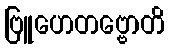
ဗြူဟေတဗ္ဗောတိ